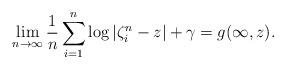
LaTeX: \begin{align*}\lim_{n \rightarrow \infty} \frac{1}{n} \sum_{i=1}^n \log |\zeta_i^n - z| + \gamma = g(\infty,z).\end{align*}